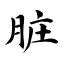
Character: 脏